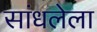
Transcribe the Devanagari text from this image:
सांधलेला